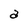
Character: a